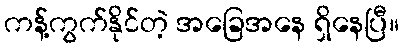
ကန့်ကွက်နိုင်တဲ့ အခြေအနေ ရှိနေပြီ။